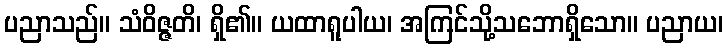
ပညာသည်။ သံဝိဇ္ဇတိ၊ ရှိ၏။ ယထာရူပါယ၊ အကြင်သို့သဘောရှိသော။ ပညာယ၊